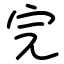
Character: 完